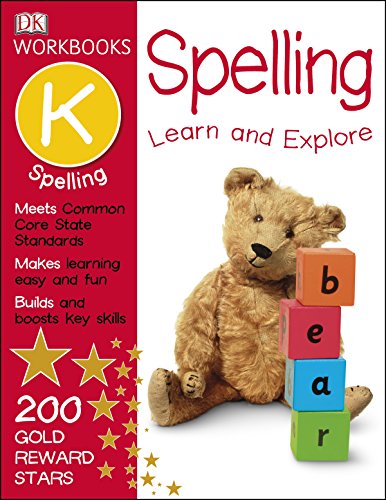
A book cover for DK Workbooks: Spelling, Kindergarten; DK; Children's Books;